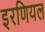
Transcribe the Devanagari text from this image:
इरणियल